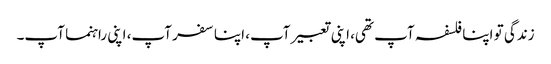
زندگی تو اپنا فلسفہ آپ تھی، اپنی تعبیر آپ، اپنا سفر آپ، اپنی راہنما آپ۔